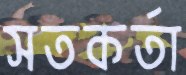
সতকর্তা